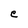
Character: e